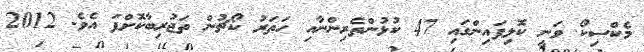
މެކްސިކޯ ވަނީ ކޮލިފައިންގައި 47 ކުޅުންތެރިންނާއި ހަތަރު ކޯޗުން ތަޖުރިބާކޮށްފަ އެވެ. 2012